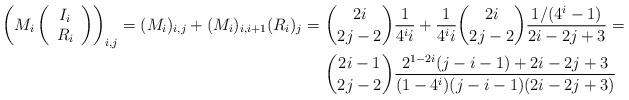
LaTeX: \begin{align*}\left(M_i \left(\begin{array}{c} I_i \\ R_i \\\end{array}\right)\right)_{i,j} = (M_i)_{i,j} + (M_i)_{i,i+1}(R_i)_j =\ &\binom{2 i}{2 j-2}\frac{1}{4^i i} + \frac{1}{4^i i} \binom{2 i}{2j-2} \frac{1/(4^i-1)}{2 i - 2 j + 3} = \\ &\binom{2 i-1}{2 j-2} \frac{2^{1-2 i}(j-i-1)+2 i-2 j+3}{(1-4^i)(j-i-1)(2 i-2 j+3)}\end{align*}